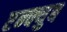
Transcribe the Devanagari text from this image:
एन्क्युब